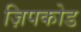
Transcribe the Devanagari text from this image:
ज़िपकोड